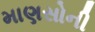
માણસોની